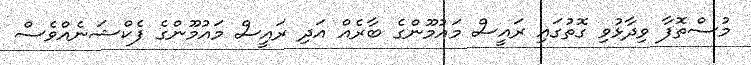
މުސްތޮފާ ވިދާޅުވި ގޮތުގައި ރައީސް މައުމޫންގެ ބާރެއް އަދި ރައީސް މައުމޫންގެ ފެކްޝަނެއްވެސް